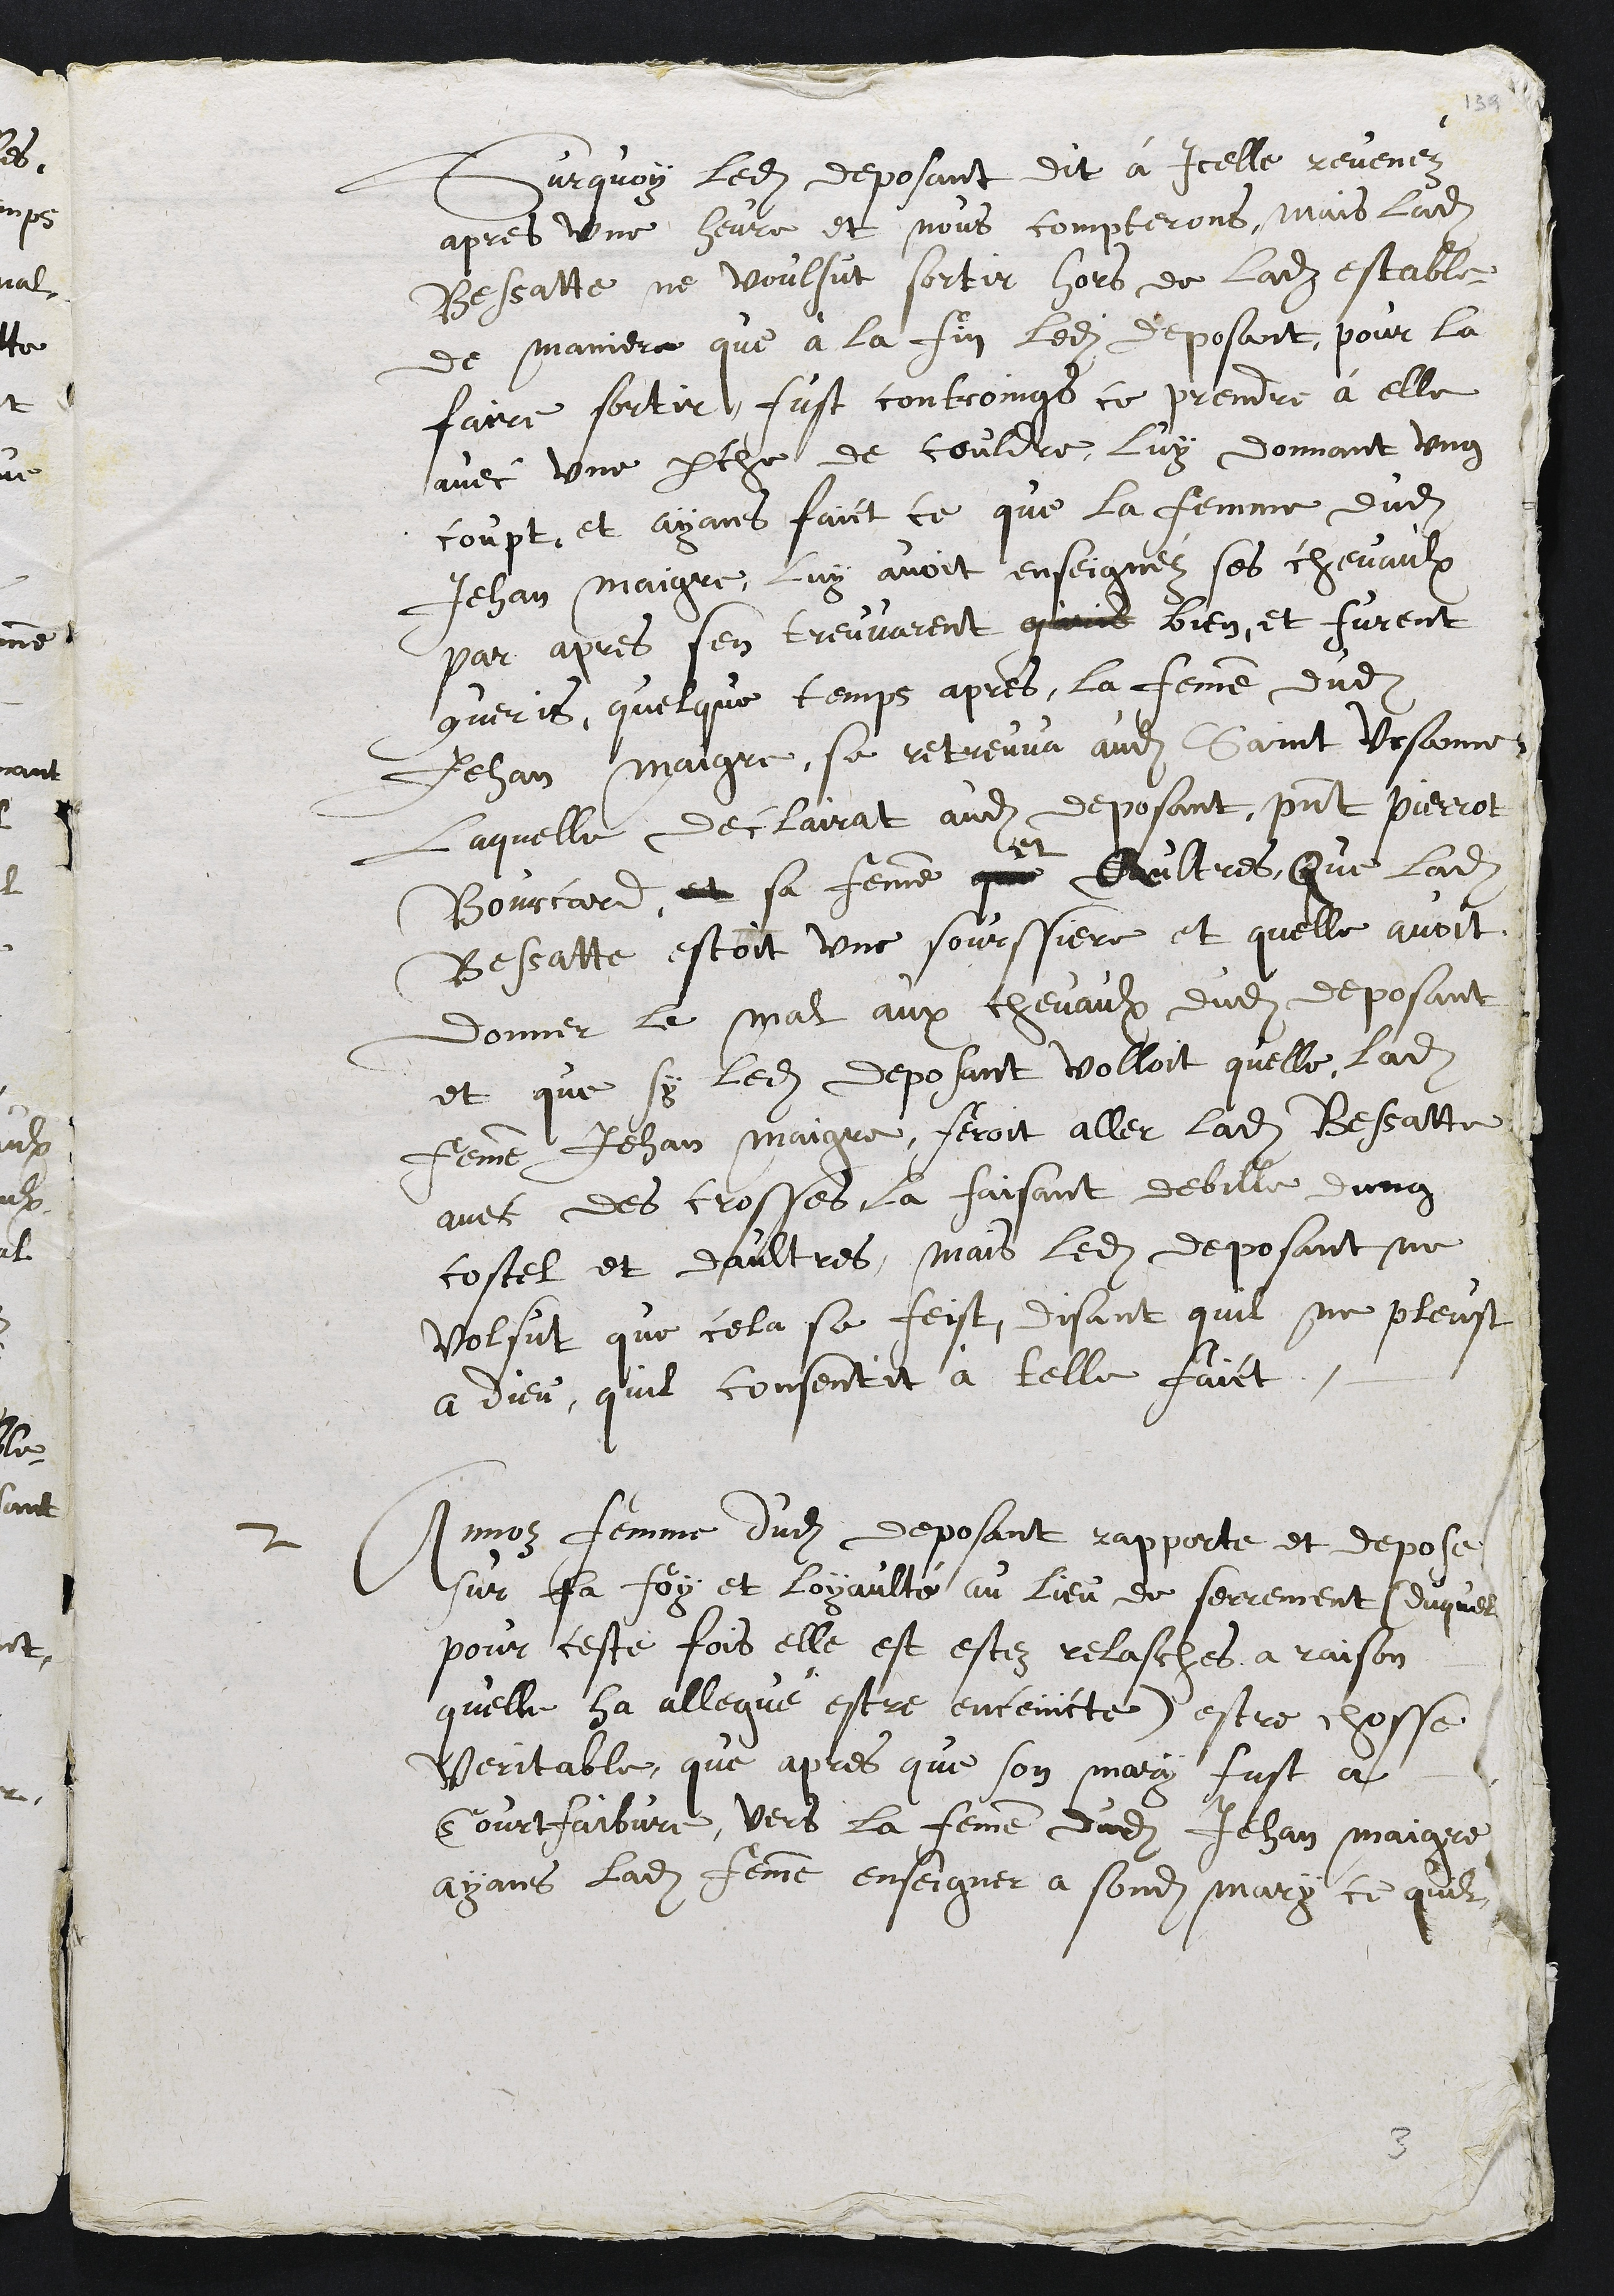
Sur quoi ledit déposant dit à icelle : "Revenez
après une heure, et nous compterons (?)". Mais ladite
Bessatte ne voulut sortir hors de ladite étable,
de manière qu'à la fin, ledit déposant, pour la
faire sortir, fut contraint de prendre à elle
avec une perche de coudre, lui donnant un
coup. Et ayant fait ce que la femme dudit
Jean Maigre lui avait enseigné, ses chevaux
par après s'en trouvèrent bien, et furent
guéris. Quelques temps après, la femme dudit
Jean Maigre se retrouva audit Saint-Ursanne,
laquelle déclara audit déposant, présents Pierrot
Bourcard, sa femme et autres, que ladite
Bessatte était une sorcière et qu'elle avait
donné le mal aux chevaux dudit déposant,
et que si ledit déposant voulait, qu'elle, ladite
femme Jean Maigre, ferait aller ladite Bessatte
avec des crosses, la faisant débile d'un
coté et d'autre, mais ledit déposant ne
voulut que cela SB fit, disant qu'il ne plût
à Dieu qu'il consentit à tel fait
Annoz, femme dudit déposant, rapporte et dépose
sur sa foi et loyauté au lieu du serment (duquel
pour cette fois elle a été relâchée en raison
qu'elle a allégué être enceinte), être chose
véritable qu'après que son mari fut à
Courtfaibvre vers la femme audit Jean Maigre,
ayant ladite femme enseigné à sondit mari ce qu'il